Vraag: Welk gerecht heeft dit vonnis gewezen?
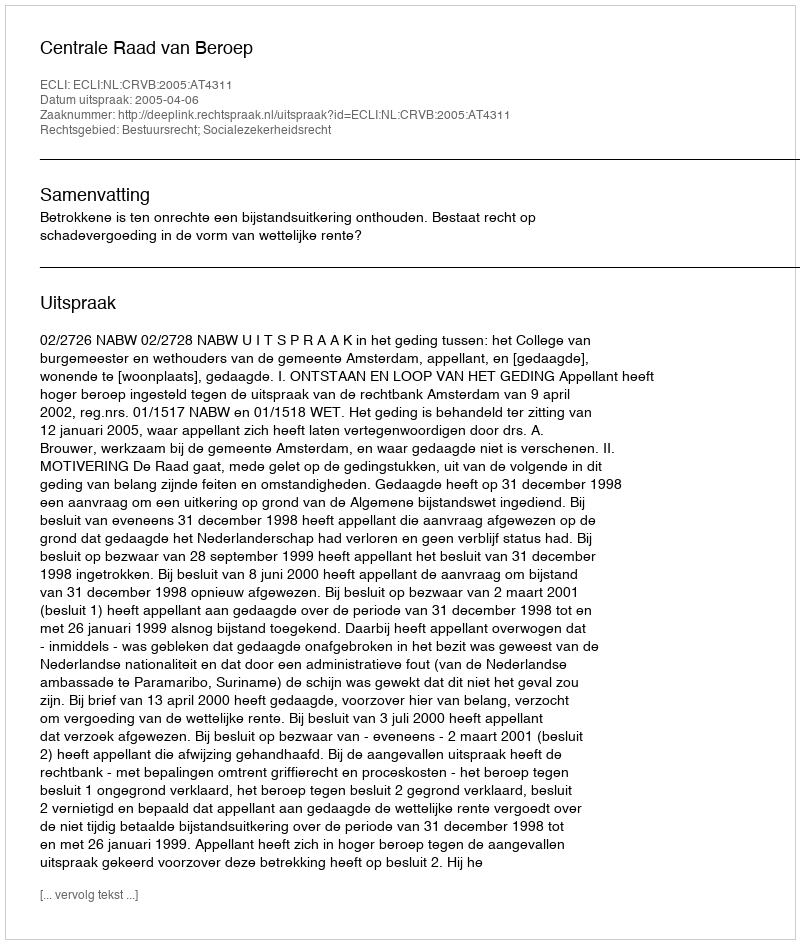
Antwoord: Centrale Raad van Beroep